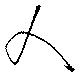
人